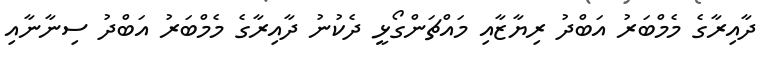
ދާއިރާގެ މެމްބަރު އަބްދު ރިޔާޒާއި މައްޗަންގޯޅީ ދެކުނު ދާއިރާގެ މެމްބަރު އަބްދު ސިނާނާއި